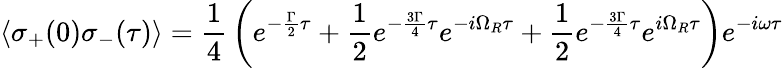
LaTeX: \langle\sigma_{+}(0)\sigma_{-}(\tau)\rangle={\frac{1}{4}}\left(e^{-{\frac{\Gamma}{2}}\tau}+{\frac{1}{2}}e^{-{\frac{3\Gamma}{4}}\tau}e^{-i\Omega_{R}\tau}+{\frac{1}{2}}e^{-{\frac{3\Gamma}{4}}\tau}e^{i\Omega_{R}\tau}\right)e^{-i\omega\tau}